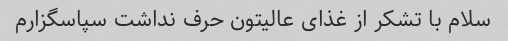
سلام با تشکر از غذای عالیتون حرف نداشت سپاسگزارم